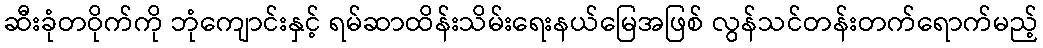
ဆီးခုံတဝိုက်ကို ဘုံကျောင်းနှင့် ရမ်ဆာထိန်းသိမ်းရေးနယ်မြေအဖြစ် လွန်သင်တန်းတက်ရောက်မည့်